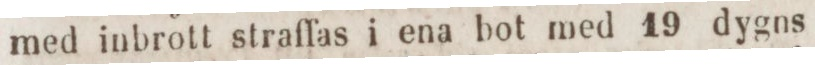
med inbrott straffas i ena bot med 19 dygns